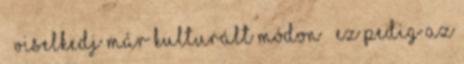
” viselkedj már kulturált módon ” ez pedig az